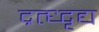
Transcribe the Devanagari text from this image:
द्रत्ध्दृद्य